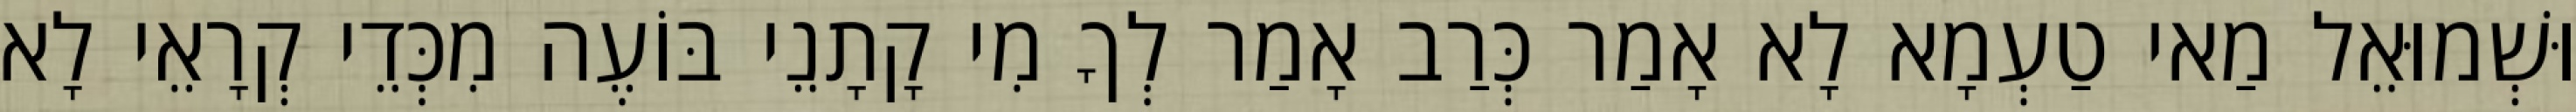
וּשְׁמוּאֵל מַאי טַעְמָא לָא אָמַר כְּרַב אָמַר לְךָ מִי קָתָנֵי בּוֹעֶה מִכְּדֵי קְרָאֵי לָא